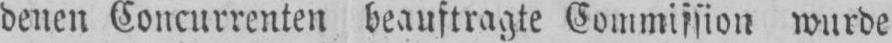
denen Concurrenten beauftragte Commission wurde